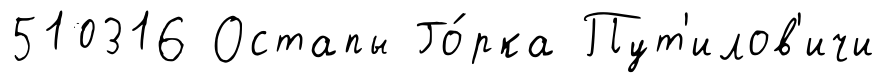
510316 Остапы Го́рка Пут'илов'ичи